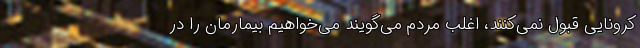
کرونایی قبول نمی‌کنند، اغلب مردم می‌گویند می‌خواهیم بیمارمان را در